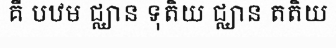
គឺ បឋម ជ្ឈាន ទុតិយ ជ្ឈាន តតិយ